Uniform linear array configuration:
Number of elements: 24
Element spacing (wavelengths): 0.25
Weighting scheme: kaiser
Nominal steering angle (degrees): -60
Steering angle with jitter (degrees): -60.599
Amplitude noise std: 0.05
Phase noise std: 0.05

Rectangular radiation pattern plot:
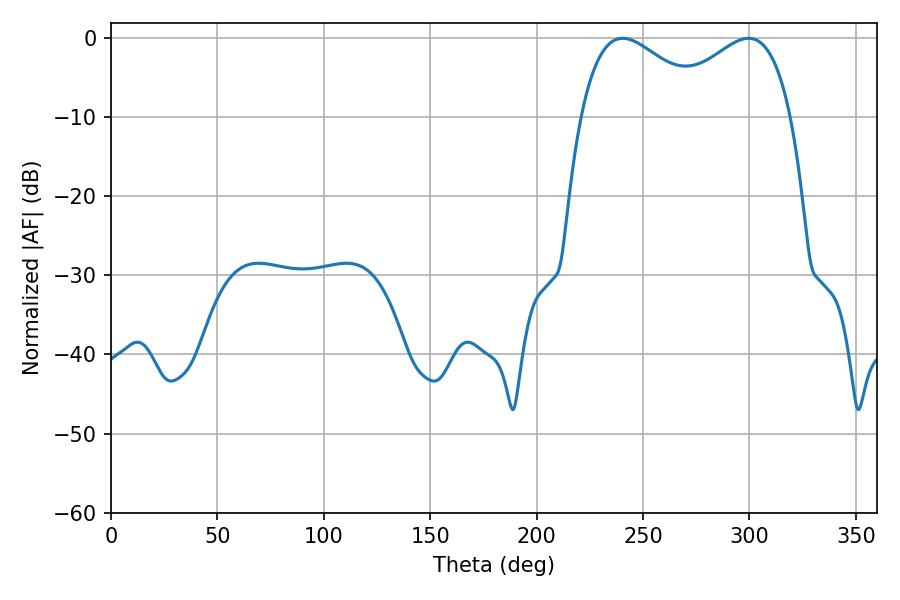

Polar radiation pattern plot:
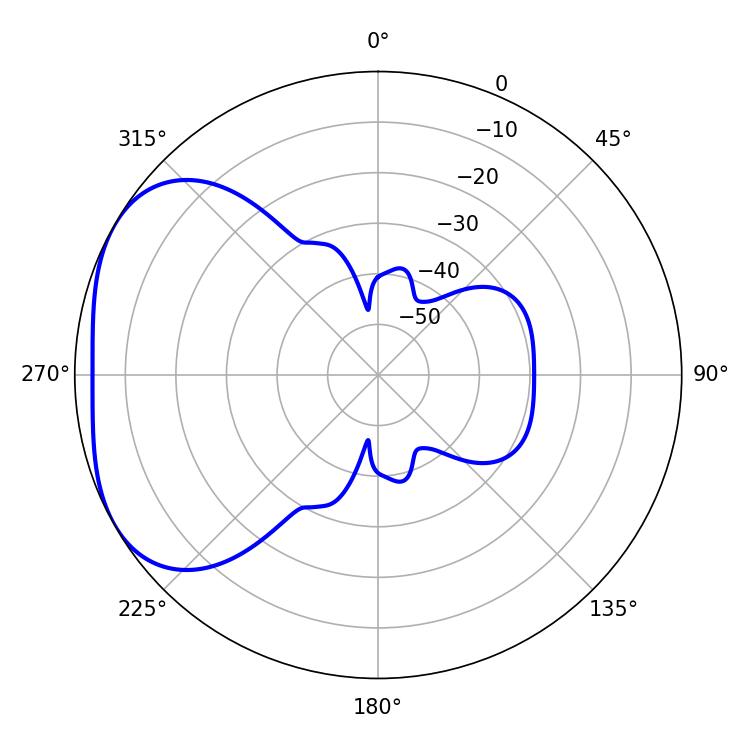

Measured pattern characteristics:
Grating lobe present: FALSE
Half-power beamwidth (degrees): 33.48
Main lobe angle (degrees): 240.48